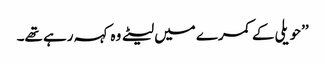
’’حویلی کے کمرے میں لیٹے وہ کہہ رہے تھے۔